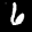
Label: 6